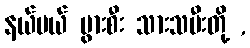
နယ်ပယ် ပွားစီး သားသမီးတို့ ,